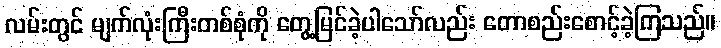
လမ်းတွင် မျက်လုံးကြီးတစ်စုံကို တွေ့မြင်ခဲ့ပါသော်လည်း တောစည်းစောင့်ခဲ့ကြသည်။